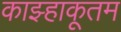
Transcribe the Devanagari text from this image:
काझ्हाकूतम